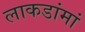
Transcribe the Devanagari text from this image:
लाकडांमां